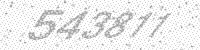
Solution: 543811